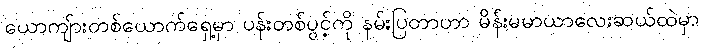
ယောကျ်ားတစ်ယောက်ရှေ့မှာ ပန်းတစ်ပွင့်ကို နမ်းပြတာဟာ မိန်းမမာယာလေးဆယ်ထဲမှာ